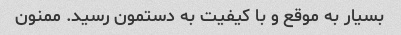
بسیار به موقع و با کیفیت به دستمون رسید. ممنون